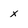
Character: x